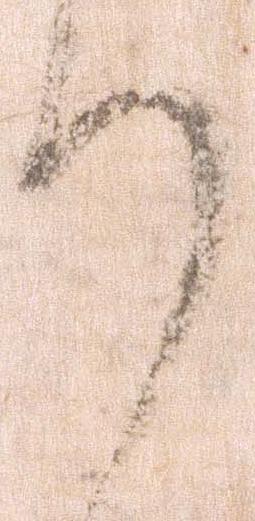
謹